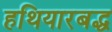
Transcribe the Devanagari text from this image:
हथियारबद्ध